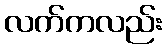
လက်ကလည်း